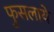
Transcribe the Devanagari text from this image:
फुसलाये